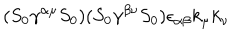
( S _ { 0 } \gamma ^ { \alpha \mu } S _ { 0 } ) ( S _ { 0 } \gamma ^ { \beta \nu } S _ { 0 } ) \epsilon _ { \alpha \beta } k _ { \mu } k _ { \nu }